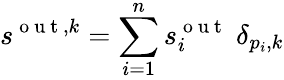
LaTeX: s^{\mathrm{~o~u~t~},k}=\sum_{i=1}^{n}s_{i}^{\mathrm{~o~u~t~}}\; \delta_{p_{i},k}